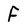
Character: F